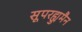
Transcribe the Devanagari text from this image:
सूपरह्युमैन